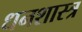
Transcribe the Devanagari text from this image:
धनशास्त्र